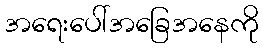
အရေးပေါ်အခြေအနေကို